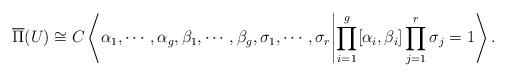
LaTeX: \begin{align*}\overline{\Pi}(U)\cong C\left\langle \alpha_1,\cdots,\alpha_g,\beta_1,\cdots,\beta_g,\sigma_1,\cdots,\sigma_r\middle|\prod_{i=1}^{g}[\alpha_i,\beta_i]\prod_ {j=1}^{r}\sigma_j=1\right\rangle .\end{align*}